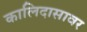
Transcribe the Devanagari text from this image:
कालिदासावर